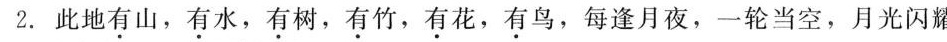
2.此地有山，有水，有树，有竹，有花，有鸟，每逢月夜，一轮当空，月光闪耀